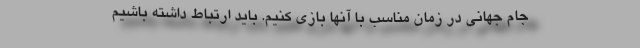
جام جهانی در زمان مناسب با آنها بازی کنیم. باید ارتباط داشته باشیم